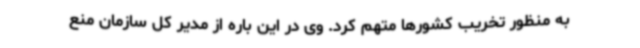
به منظور تخریب کشورها متهم کرد. وی در این باره از مدیر کل سازمان منع